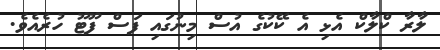
ލާރާ ކްލާކް އެޅި އެ ކޭކުގެ އުސް މިނުގައި ފަސް ފޫޓޫ ހުރެއެވެ.